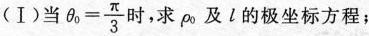
(Ⅰ)当 $$\theta_{0}= \frac{\pi}{3}$$ 时，求\rho_{0}及l的极坐标方程；